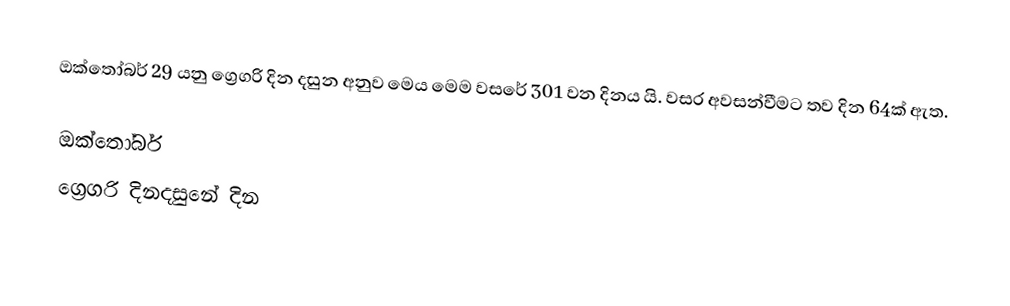
ඔක්තෝබර් 29 යනු ග්‍රෙගරි දින දසුන අනුව මෙය මෙම වසරේ 301 වන දිනය යි. වසර අවසන්වීමට තව දින 64ක් ඇත.

ඔක්තෝබර්
ග්‍රෙගරි දිනදසුනේ දින